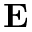
{ \bf E }